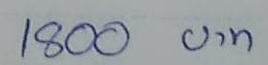
1800 บาท